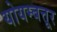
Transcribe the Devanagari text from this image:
योयम्बत्तूर